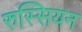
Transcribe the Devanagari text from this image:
रुस्सियन